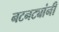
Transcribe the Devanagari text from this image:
नटनट्यांनी